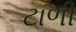
ટાળી